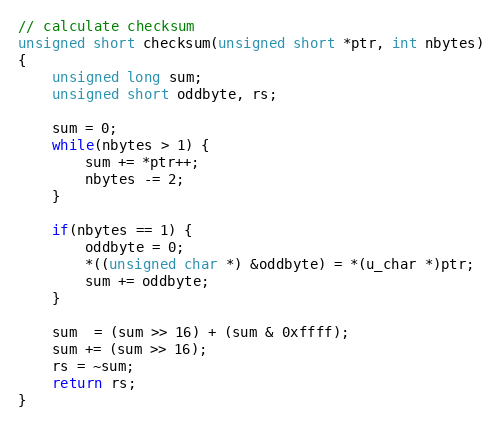
Language: C
// calculate checksum
unsigned short checksum(unsigned short *ptr, int nbytes)
{
    unsigned long sum;
    unsigned short oddbyte, rs;

    sum = 0;
    while(nbytes > 1) {
        sum += *ptr++;
        nbytes -= 2;
    }

    if(nbytes == 1) {
        oddbyte = 0;
        *((unsigned char *) &oddbyte) = *(u_char *)ptr;
        sum += oddbyte;
    }

    sum  = (sum >> 16) + (sum & 0xffff);
    sum += (sum >> 16);
    rs = ~sum;
    return rs;
}